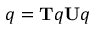
q = \mathbf { T } q \mathbf { U } q